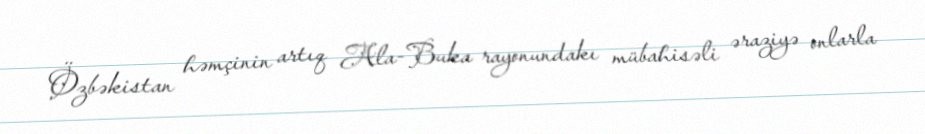
Özbəkistan həmçinin artıq Ala-Buka rayonundakı mübahisəli əraziyə onlarla